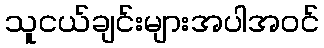
သူငယ်ချင်းများအပါအဝင်